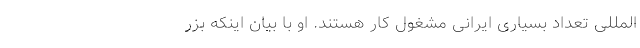
‌المللی تعداد بسیاری ایرانی مشغول كار هستند. او با بیان اینكه بزر